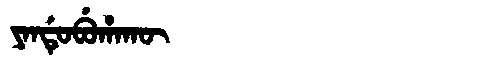
Manchu: ᠶᠠᠨᡩᡠᠪᡠᡥᠠᡴᡡ
Romanization: YANDUBUHAKŪ